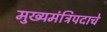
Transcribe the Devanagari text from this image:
मुख्यमंत्रिपदाचे